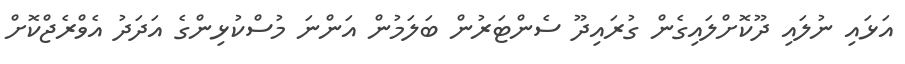
އަޅައި ނުލައި ދޫކޮށްލައިގެން ގުރައިދޫ ސެންޓަރުން ބަލަމުން އަންނަ މުސްކުޅިންގެ އަދަދު އެވްރެޖްކޮށް